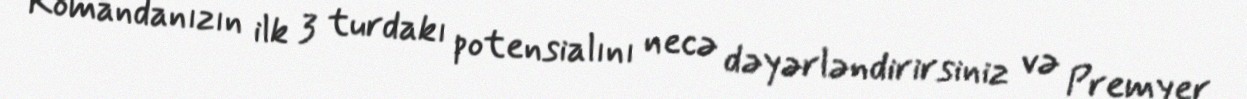
Komandanızın ilk 3 turdakı potensialını necə dəyərləndirirsiniz və Premyer